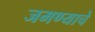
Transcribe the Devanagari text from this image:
जमण्याचे